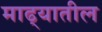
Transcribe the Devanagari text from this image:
माढ्यातील